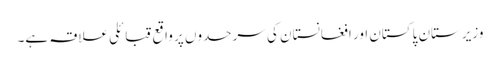
وزیرستان پاکستان اور افغانستان کی سرحدوں پر واقع قبائلی علاقہ ہے۔